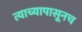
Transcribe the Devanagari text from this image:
त्याच्यापासूनच